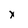
Character: x